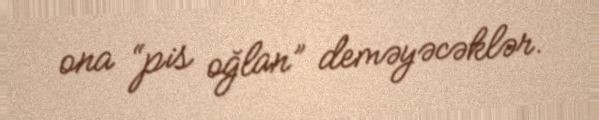
ona “pis oğlan” deməyəcəklər.